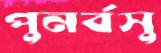
পুনর্বসু